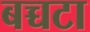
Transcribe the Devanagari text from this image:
बच्चटा